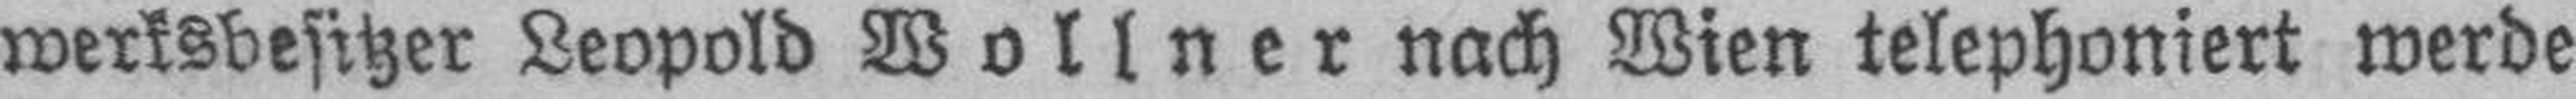
werksbesitzer Leopold Wollner nach Wien telephoniert werde